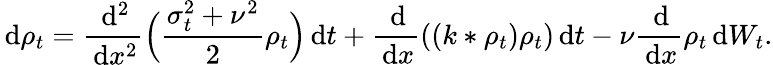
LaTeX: \, \mathrm{d}\rho_{t}=\frac{\, \mathrm{d}^{2}}{\, \mathrm{d}x^{2}}\Big(\frac{\sigma_{t}^{2}+\nu^{2}}{2}\rho_{t}\Big)\, \mathrm{d}t+\frac{\, \mathrm{d}}{\, \mathrm{d}x}((k*\rho_{t})\rho_{t})\, \mathrm{d}t-\nu\frac{\, \mathrm{d}}{\, \mathrm{d}x}\rho_{t}\, \mathrm{d}W_{t}.